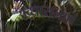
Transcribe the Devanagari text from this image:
अव्धारानाएं